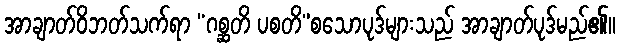
အာချာတ်ဝိဘတ်သက်ရာ “ဂစ္ဆတိ ပစတိ”စသောပုဒ်များသည် အာချာတ်ပုဒ်မည်၏။